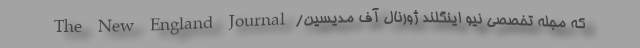
که مجله تخصصی نیو اینگلند ژورنال آف مدیسین/ The New England Journal